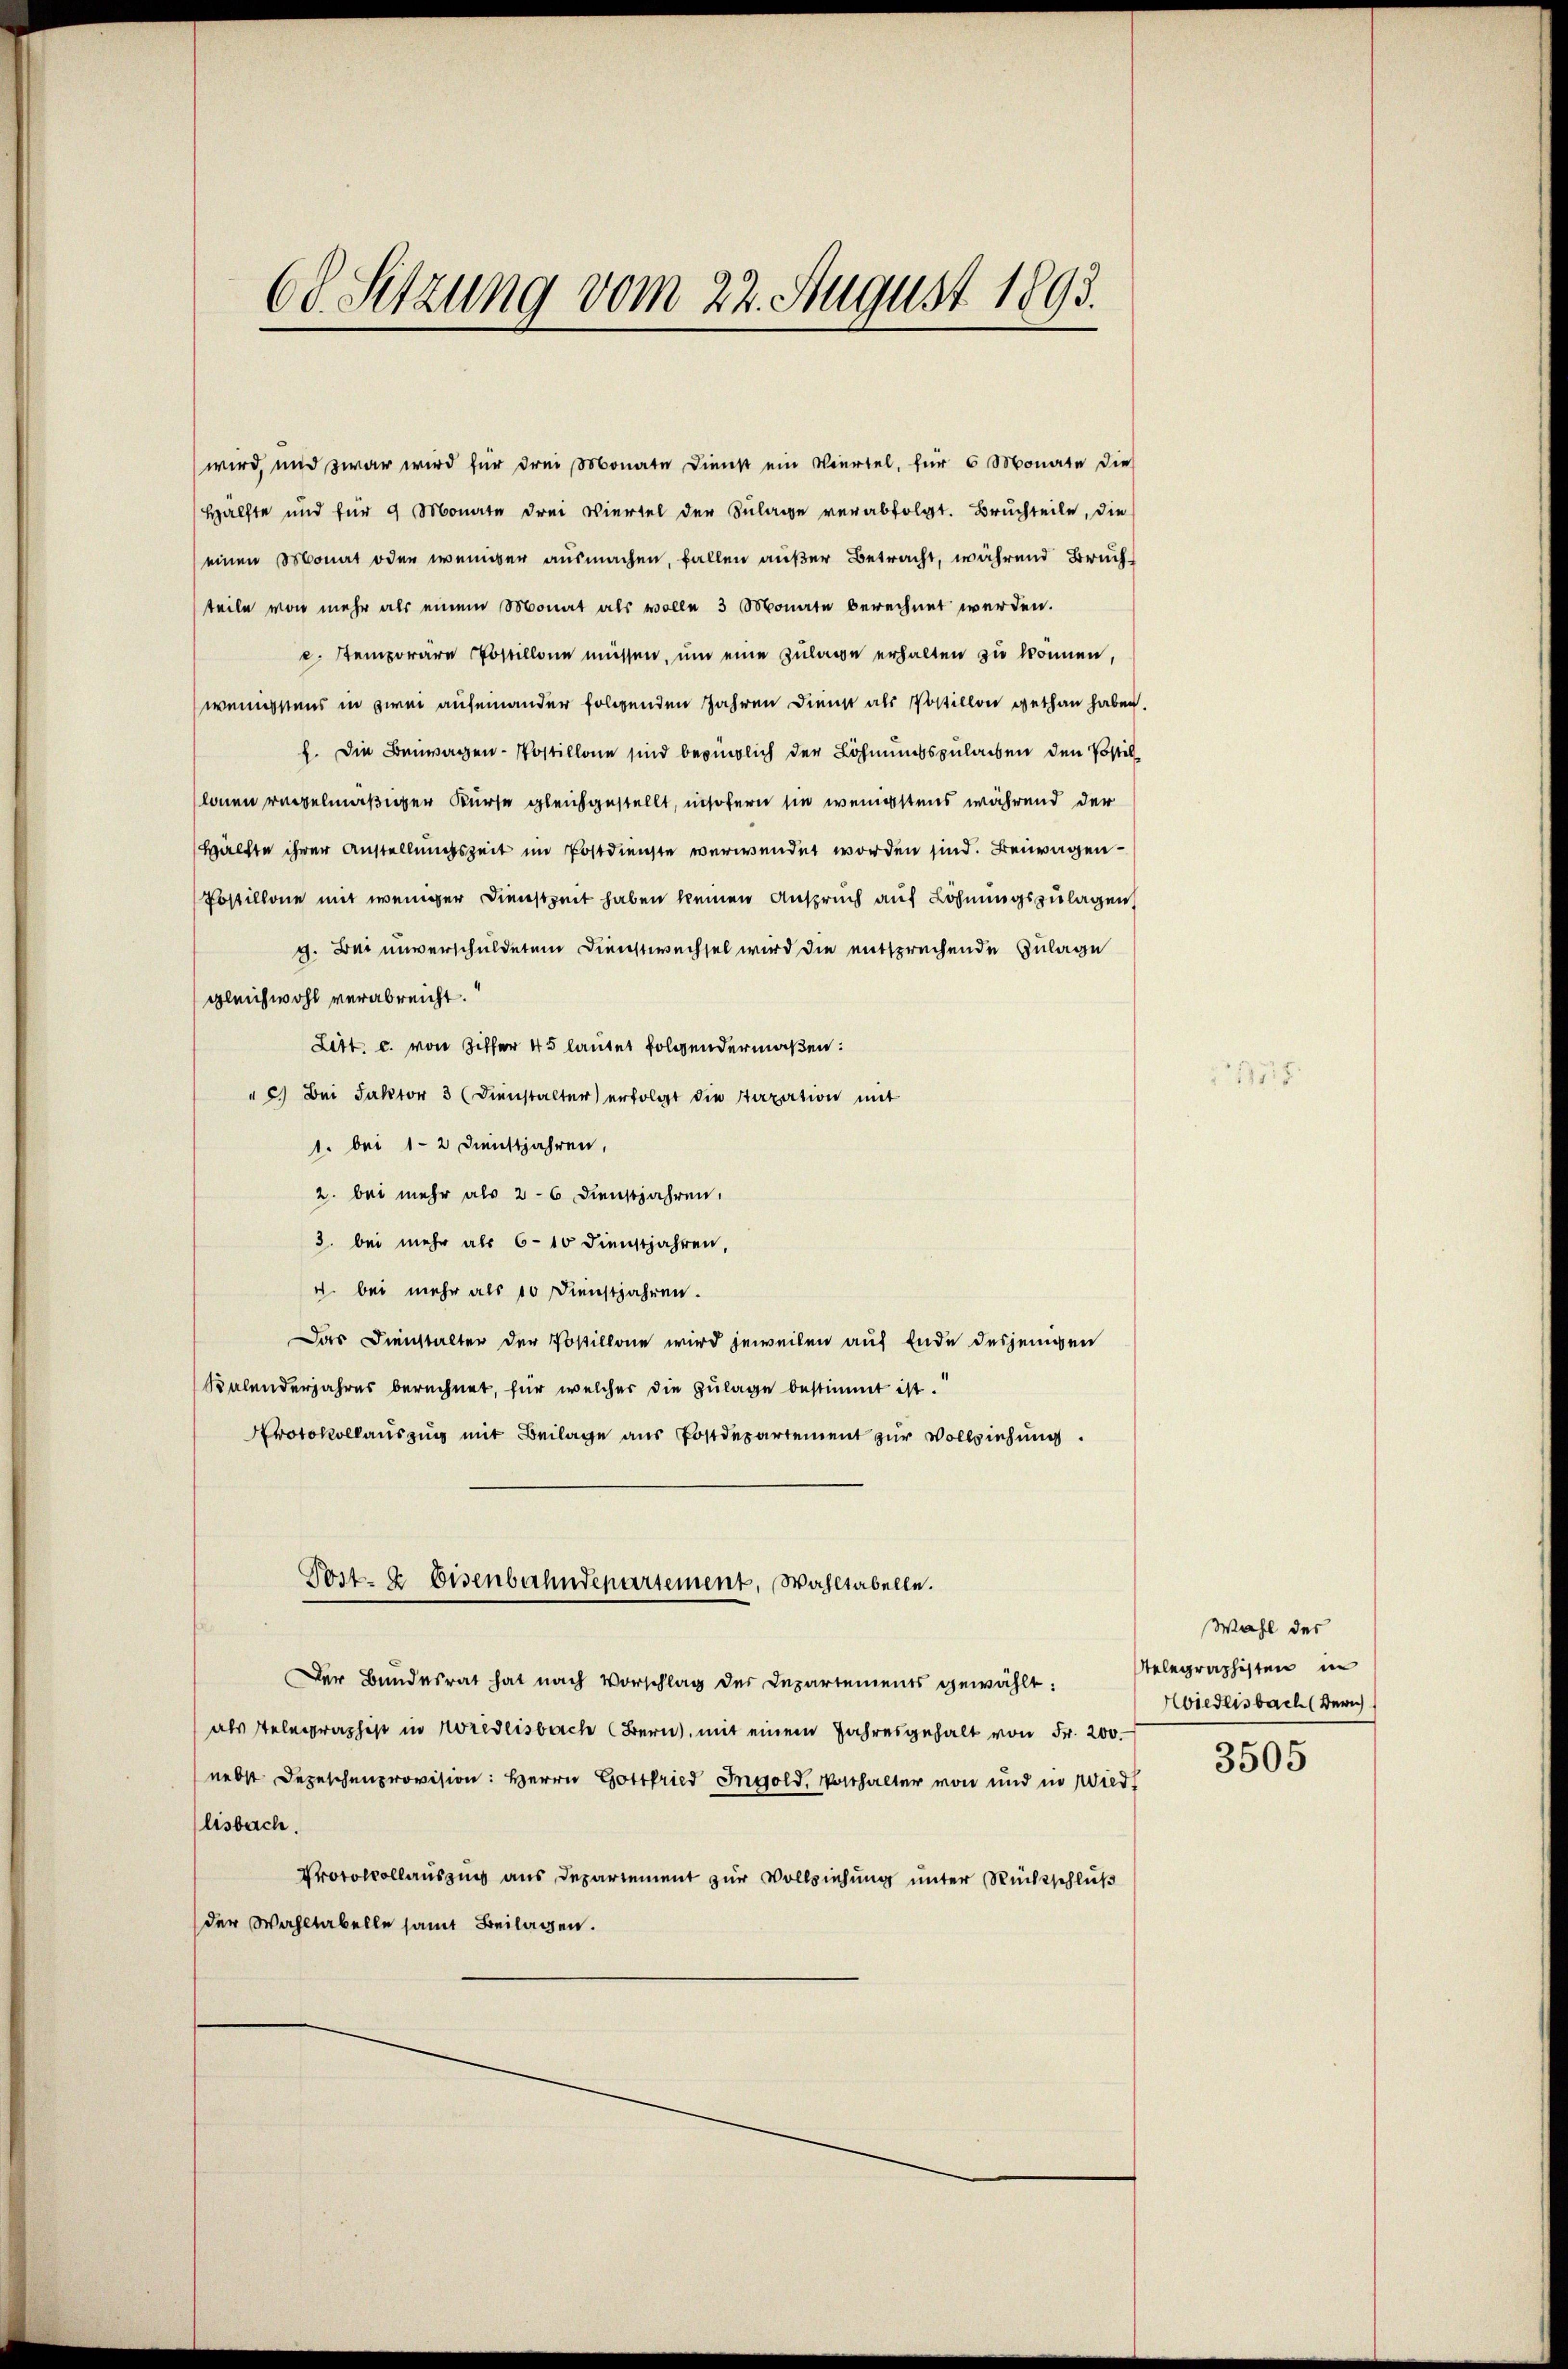
68. Sitzung vom 22. August 1893.

wird, und zwar wird für drei Monate Dienst ein Viertel, für 6 Monate die
Hälfte und für 9 Monate drei Viertel der Zulage verabfolgt. Bruchteile, die
einen Monat oder weniger ausmachen, fallen außer Betracht, während Bruch
teile von mehr als einem Monat als wolle 3 Monate berechnet werden.
c. Stemporäre Postillone müssen, um eine Zulage erhalten zu können,
wenigstens in zwei aufeinander folgenden Jahren Dienst als Postillon gethan haben.
f. Die Benwagen-Kostillone sind beringlich der Löhnungszulagen den Postillonen regelmäßiger Kurse gleichgestellt, insofern sie wenigstens während der
Hälfte ihrer Anstellungszeit im Postdienste verwendet worden sind. Beiwagen¬
Postillone mit weniger Dienstzeit haben keinen Anspruch auf Löhnungszulagen
g. Bei unverschuldetem Dienstwechsel wird die entsprechende Zulage
gleichwohl verabreicht.
Litt. c. von Ziffer 45 lautet folgendermaßen:
" c.) Bei Faktor 3 (Dienstalter erfolgt die Staxation mit
1. bei 1-2 Dienstjahren,
2. bei mehr als 2-6 Dienstjahren,
3. bei mehr als 6-10 Dienstjahren,
4. bei mehr als 10 Dienstjahren.
Das Dienstalter der Postillone wird jeweilen auf Ende desjenigen
Kalenderjahres berechnet, für welcher die Zulage bestimmt ist.
Protokollauszug mit Beilage aus Postdepartement zur Vollziehung.
Post- & Eisenbahndepartement, Wahltabelle.
Der Bundesrat hat nach Vorschlag der Departements gewählt. Selegraphisten in
als Telegraphist in Noredlisbach Bern, mit einem Jahresgehalt von Fr. 200.
nebst Depeschenprovision: Herrn Gottfried Ingold, Vorthalter von und in Wied
lisbach.
Protocollauszug aus Departement zur Vollziehung unter Rückschluß
der Wahltabelle samt Beilagen.

Wahl des
Hiedlisbach Zürich
3505